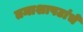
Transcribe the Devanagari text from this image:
तमाशापटांचे